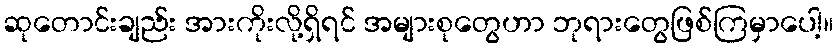
ဆုတောင်းချည်း အားကိုးလို့ရှိရင် အများစုတွေဟာ ဘုရားတွေဖြစ်ကြမှာပေါ့။